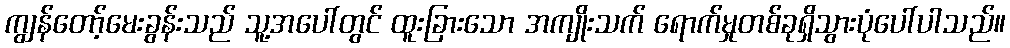
ကျွန်တော့်မေးခွန်းသည် သူ့အပေါ်တွင် ထူးခြားသော အကျိုးသက် ရောက်မှုတစ်ခုရှိသွားပုံပေါ်ပါသည်။